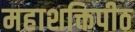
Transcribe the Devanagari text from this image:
महाशक्तिपीठ